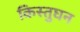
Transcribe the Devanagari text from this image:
किस्तुघन